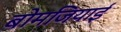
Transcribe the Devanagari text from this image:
बोमजियाई